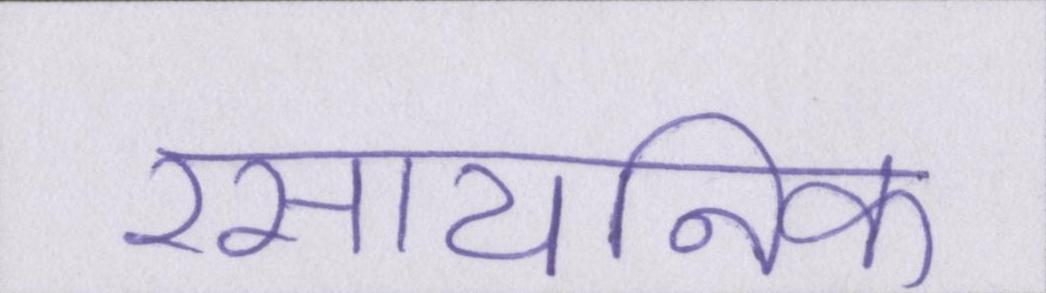
रसायनिक